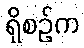
ရှိစဉ်က